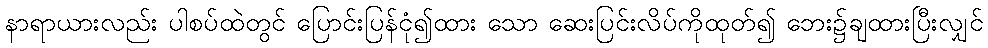
နာရာယားလည်း ပါစပ်ထဲတွင် ပြောင်းပြန်ငုံ၍ထား သော ဆေးပြင်းလိပ်ကိုထုတ်၍ ဘေး၌ချထားပြီးလျှင်